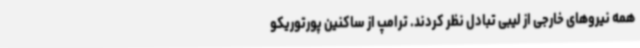
همه نیروهای خارجی از لیبی تبادل نظر کردند. ترامپ از ساکنین پورتوریکو